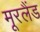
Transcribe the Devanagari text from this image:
मूरलैंड